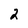
Character: 2